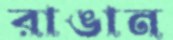
রাঙান